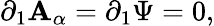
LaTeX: \partial_{1}\mathbf{A}_{\alpha}=\partial_{1}\Psi=0,